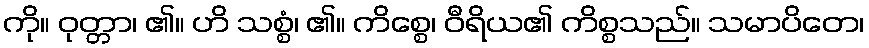
ကို။ ဝုတ္တာ၊ ၏။ ဟိ သစ္စံ၊ ၏။ ကိစ္စေ၊ ဝီရိယ၏ ကိစ္စသည်။ သမာပိတေ၊